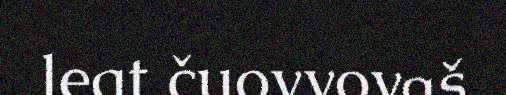
leat čuovvovaš